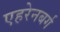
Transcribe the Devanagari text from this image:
एहरेनबर्ग